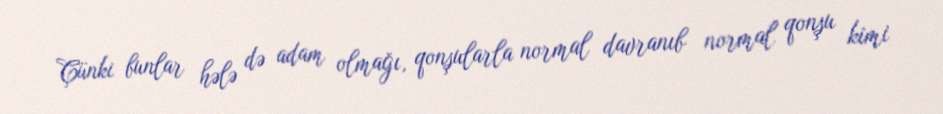
Çünki bunlar hələ də adam olmağı, qonşularla normal davranıb normal qonşu kimi